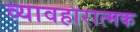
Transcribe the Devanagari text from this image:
व्यावहारात्मक